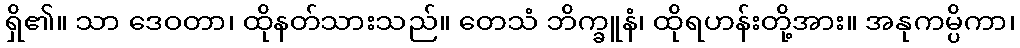
ရှိ၏။ သာ ဒေဝတာ၊ ထိုနတ်သားသည်။ တေသံ ဘိက္ခူနံ၊ ထိုရဟန်းတို့အား။ အနုကမ္ပိကာ၊